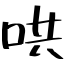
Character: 哄